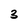
Character: 3